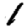
Digit: 1